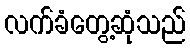
လက်ခံတွေ့ဆုံသည်